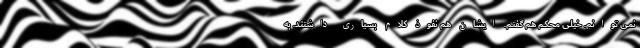
نمی توانم. خیلی محکم هم گفتم. ایشان هم نفوذ کلام بسیاری داشتند. به